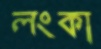
লংকা